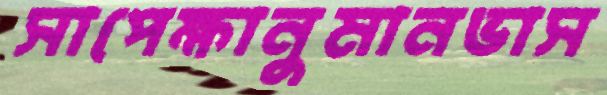
সাপেক্ষানুমানভাস